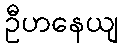
ဦဟနေယျ